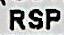
RSP